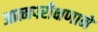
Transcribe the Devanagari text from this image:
आत्मपरीक्षणाने